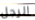
الرجل